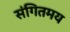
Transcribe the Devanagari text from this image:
संगितमय